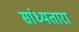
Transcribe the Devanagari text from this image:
सांध्यतारा